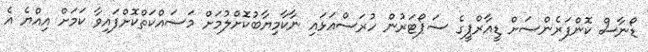
ޑޯނާސް ކޮންފަރެންސަށް ޑީއާރްޕީގެ ސަޕޯޓަރުން ހުރަސްއަޅައި ނާކާމިޔާބުކޮށްލުމަށް މަސައްކަތްކޮށްފައިވާ ކަމަށް އިއްޔެ އެ